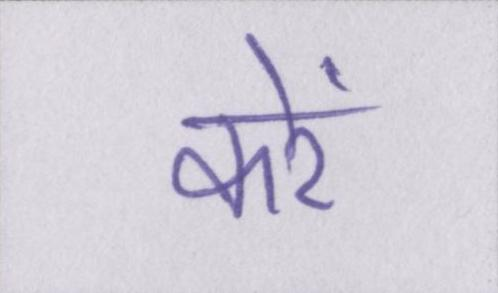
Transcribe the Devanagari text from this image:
करें